Report of the Hyderabad Chloroform Commission
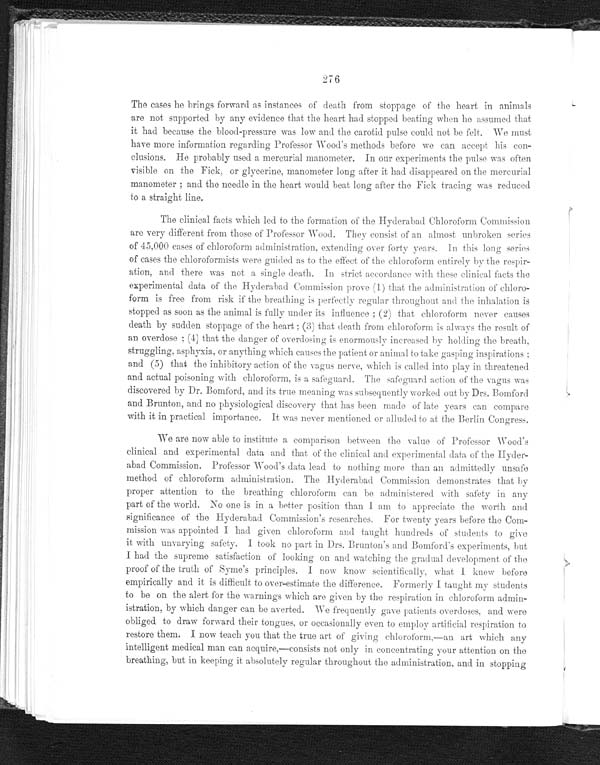
276
The cases he brings forward as instances of death from stoppage of the heart in animals
are not supported by any evidence that the heart had stopped beating when he assumed that
it had because the blood-pressure was low and the carotid pulse could not be felt. We must
have more information regarding Professor Wood's methods before we can accept his con-
clusions. He probably used a mercurial manometer. In our experiments the pulse was often
visible on the Fick, or glycerine, manometer long after it had disappeared on the mercurial
manometer; and the needle in the heart would beat long after the Fick tracing was reduced
to a straight line.
The clinical facts which led to the formation of the Hyderabad Chloroform Commission
are very different from those of Professor Wood. They consist of an almost unbroken series
of 45,000 cases of chloroform administration, extending over forty years. In this long series
of cases the chloroformists were guided as to the effect of the chloroform entirely by the respir-
ation, and there was not a single death. In strict accordance with these clinical facts the
experimental data of the Hyderabad Commission prove (1) that the administration of chloro-
form is free from risk if the breathing is perfectly regular throughout and the inhalation is
stopped as soon as the animal is fully under its influence; (2) that chloroform never causes
death by sudden stoppage of the heart; (3) that death from chloroform is always the result of
an overdose; (4) that the danger of overdosing is enormously increased by holding the breath,
struggling, asphyxia, or anything which causes the patient or animal to take gasping inspirations ;
and (5) that the inhibitory action of the vagus nerve, which is called into play in threatened
and actual poisoning with chloroform, is a safeguard. The safeguard action of the vagus was
discovered by Dr. Bomford, and its true meaning was subsequently worked out by Drs. Bomford
and Brunton, and no physiological discovery that has been made of late years can compare
with it in practical importance. It was never mentioned or alluded to at the Berlin Congress.
We are now able to institute a comparison between the value of Professor Wood's
clinical and experimental data and that of the clinical and experimental data of the Hyder-
a b a d C o m m i s s i o n . P r o f e s s o r W o o d ' s d a t a l e a d t o n o t h i n g m o r e t h a n a n a d m i t t e d l y u n s a f e
method of chloroform administration. The Hyderabad Commission demonstrates that by
proper attention to the breathing chloroform can be administered with safety in any
part of the world. No one is in a better position than I am to appreciate the worth and
significance of the Hyderabad Commission's researches. For twenty years before the Com-
mission was appointed I had given chloroform and taught hundreds of students to give
it with unvarying safety. I took no part in Drs. Brunton's and Bomford's experiments, but
I had the supreme satisfaction of looking on and watching the gradual development of the
proof of the truth of Syme's principles. I now know scientifically, what I knew before
empirically and it is difficult to over-estimate the difference. Formerly I taught my students
to be on the alert for the warnings which are given by the respiration in chloroform admin-
istration, by which danger can be averted. We frequently gave patients overdoses, and were
obliged to draw forward their tongues, or occasionally even to employ artificial respiration to
restore them. I now teach you that the true art of giving chloroform, —an art which any
intelligent medical man can acquire, —consists not only in concentrating your attention on the
breathing, but in keeping it absolutely regular throughout the administration, and in stopping